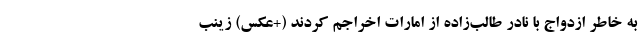
به خاطر ازدواج با نادر طالب‌زاده از امارات اخراجم کردند (+عکس) زینب